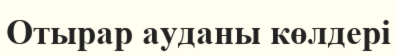
Отырар ауданы көлдері